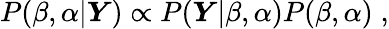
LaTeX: \begin{array}{r}{P(\beta,\alpha|\boldsymbol{Y})\propto P(\boldsymbol{Y}|\beta,\alpha)P(\beta,\alpha)\; ,}\end{array}